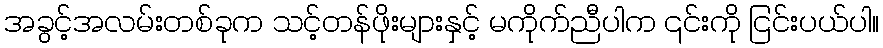
အခွင့်အလမ်းတစ်ခုက သင့်တန်ဖိုးများနှင့် မကိုက်ညီပါက ၎င်းကို ငြင်းပယ်ပါ။